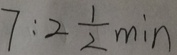
7 : 2 \frac { 1 } { 2 } \min